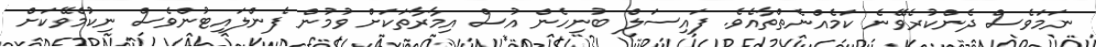
ނަމަވެސް ދެންކުރެވޭނެ ކަމެއްނެތްތާއެވެ. ފައިސަލް ބުނިހެން އުސް އިމާރާތަކަށް ވުމުން ފެންލައިޓުންވެސް ނިކުމެވޭކަށް